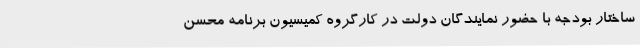
ساختار بودجه با حضور نمایندگان دولت در کارگروه کمیسیون برنامه محسن